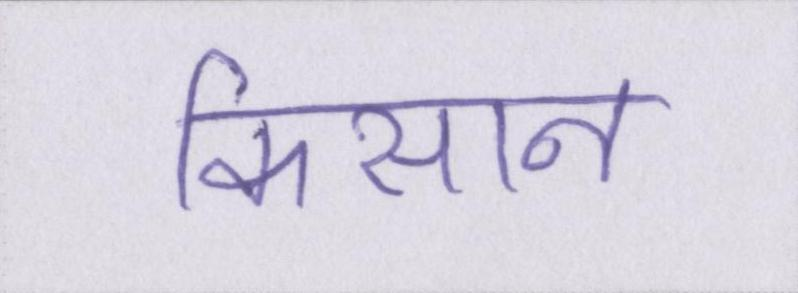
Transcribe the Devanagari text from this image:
किसान